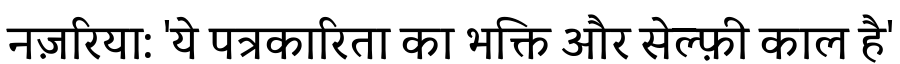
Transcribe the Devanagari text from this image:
नज़रिया: 'ये पत्रकारिता का भक्ति और सेल्फ़ी काल है'